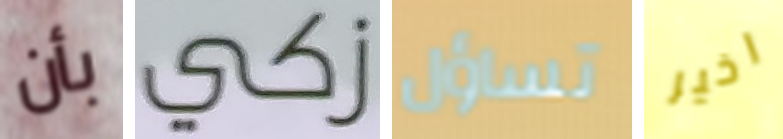
بأن زكي تساؤل اخير